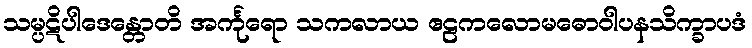
သမ္ပဋိပါဒေန္တောတိ အင်္ကုရော သကလာယ ဧဠကလောမဓောဝါပနသိက္ခာပဒံ